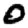
Digit: 0